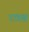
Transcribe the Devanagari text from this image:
रात्रश्च